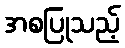
အစပြုသည့်